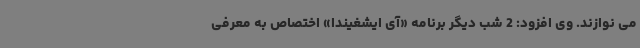
می نوازند. وی افزود: 2 شب دیگر برنامه «آی ایشغیندا» اختصاص به معرفی